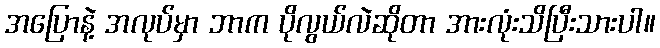
အပြောနဲ့ အလုပ်မှာ ဘာက ပိုလွယ်လဲဆိုတာ အားလုံးသိပြီးသားပါ။